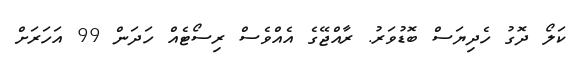
ކަލޯ ދޮގު ހެދިޔަސް ބޮޑުވަރު. ރާއްޖޭގެ އެއްވެސް ރިސޯޓެއް ހަދަން 99 އަހަރަށް